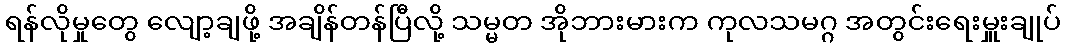
ရန်လိုမှုတွေ လျော့ချဖို့ အချိန်တန်ပြီလို့ သမ္မတ အိုဘားမားက ကုလသမဂ္ဂ အတွင်းရေးမှူးချုပ်